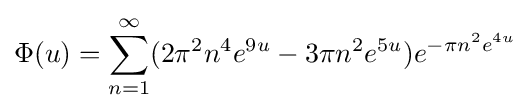
\Phi (u)=\sum _{n=1}^{\infty }(2\pi ^{2}n^{4}e^{9u}-3\pi n^{2}e^{5u})e^{-\pi n^{2}e^{4u}}